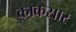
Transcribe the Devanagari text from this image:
काकसार